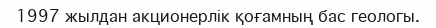
1997 жылдан акционерлік қоғамның бас геологы.